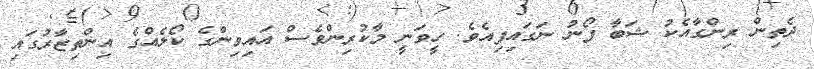
ދެތިން ރިންގާއެކު ޝަބާ ފޯނު ނަގައިފިއެވެ. ހީވަނީ މާކުރިންވެސް އައިވިންގެ ކޯލެއްގެ އިންތިޒާރުގައި